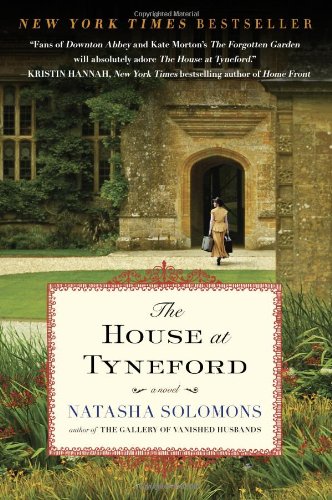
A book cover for The House at Tyneford: A Novel; Natasha Solomons; Literature & Fiction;